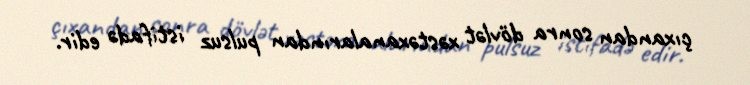
çıxandan sonra dövlət xəstəxanalarından pulsuz istifadə edir.